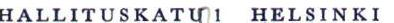
HALLITUSKATU 1 HELSINKI